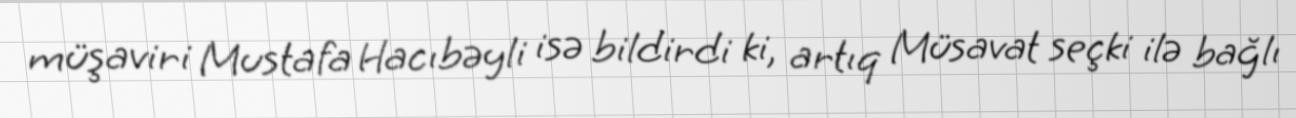
müşaviri Mustafa Hacıbəyli isə bildirdi ki, artıq Müsavat seçki ilə bağlı